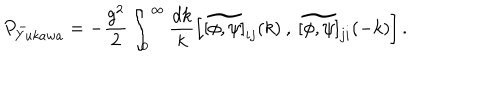
LaTeX: P _ { Y u k a w a } ^ { - } = - \frac { g ^ { 2 } } { 2 } \int _ { 0 } ^ { \infty } \frac { d k } { k } \left[ \widetilde { [ \phi , \psi ] } _ { i j } ( k ) \: , \: \widetilde { [ \phi , \psi ] } _ { j i } ( - k ) \right] .